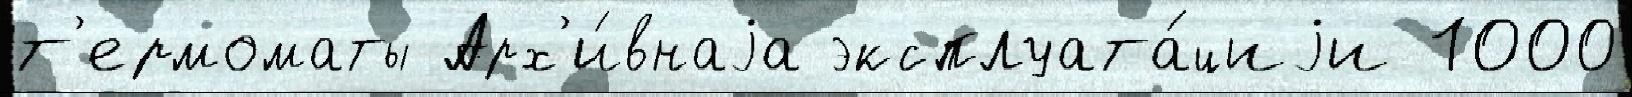
т'ермоматы Арх'и́внаjа эксплуата́циjи 1000